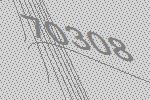
70308